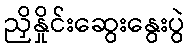
ညှိနှိုင်းဆွေးနွေးပွဲ